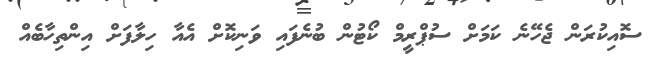
ސޮއިކުރަން ޖެހޭނެ ކަމަށް ސުޕްރީމް ކޯޓުން ބުނެފައި ވަނިކޮށް އެއާ ހިލާފަށް އިންތިހާބެއް